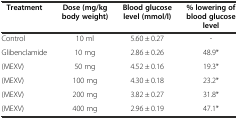
| Treatment | Dose (mg/kg body weight) | Blood glucose level (mmol/l) | % lowering of blood glucose level |
 | --- | --- | --- | --- |
 | Control | 10 ml | 5.60 ± 0.27 | - |
 | Glibenclamide | 10 mg | 2.86 ± 0.26 | 48.9* |
 | (MEXV) | 50 mg | 4.52 ± 0.16 | 19.3* |
 | (MEXV) | 100 mg | 4.30 ± 0.18 | 23.2* |
 | (MEXV) | 200 mg | 3.82 ± 0.27 | 31.8* |
 | (MEXV) | 400 mg | 2.96 ± 0.19 | 47.1* |